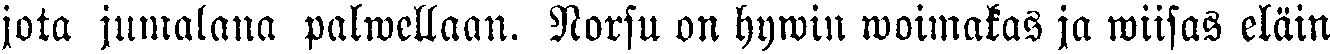
jota jumalana palwellaan. Norsu on hywin woimakas ja wiisas eläin